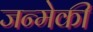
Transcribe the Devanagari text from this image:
जन्मेकी